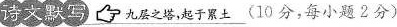
诗文默写 九层之塔，起于累土(10分，每小题2分)